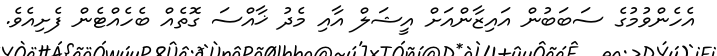
އެހެންވުމުގެ ސަބަބުން އައިޒާންއަށް އީޝަލް އާއި މެދު ޚާއްސަ ގޮތެއް ބެހެއްޓެން ފެށިއެވެ.